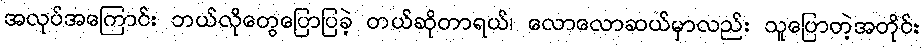
အလုပ်အကြောင်း ဘယ်လိုတွေပြောပြခဲ့ တယ်ဆိုတာရယ်၊ လောလောဆယ်မှာလည်း သူပြောတဲ့အတိုင်း